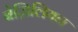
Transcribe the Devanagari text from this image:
बेज़िलियन